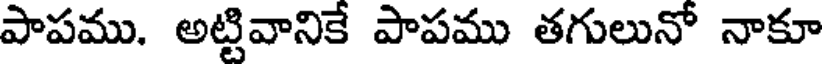
పాపము. అట్టివానికే పాపము తగులునో నాకూ